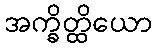
အက္ခိတ္ထိယော